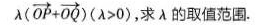
\lambda (\overrightarrow { O P } + \overrightarrow { O Q } )( \lambda > 0 )$$ ，求\lambda 的取值范围.